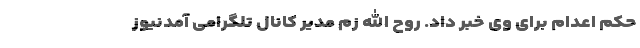
حکم اعدام برای وی خبر داد. روح الله زم مدیر کانال تلگرامی آمدنیوز